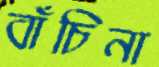
বাঁচিনা